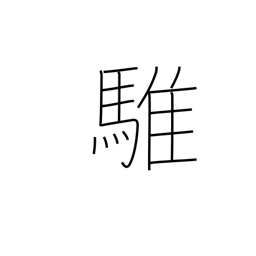
Meaning: grey horse